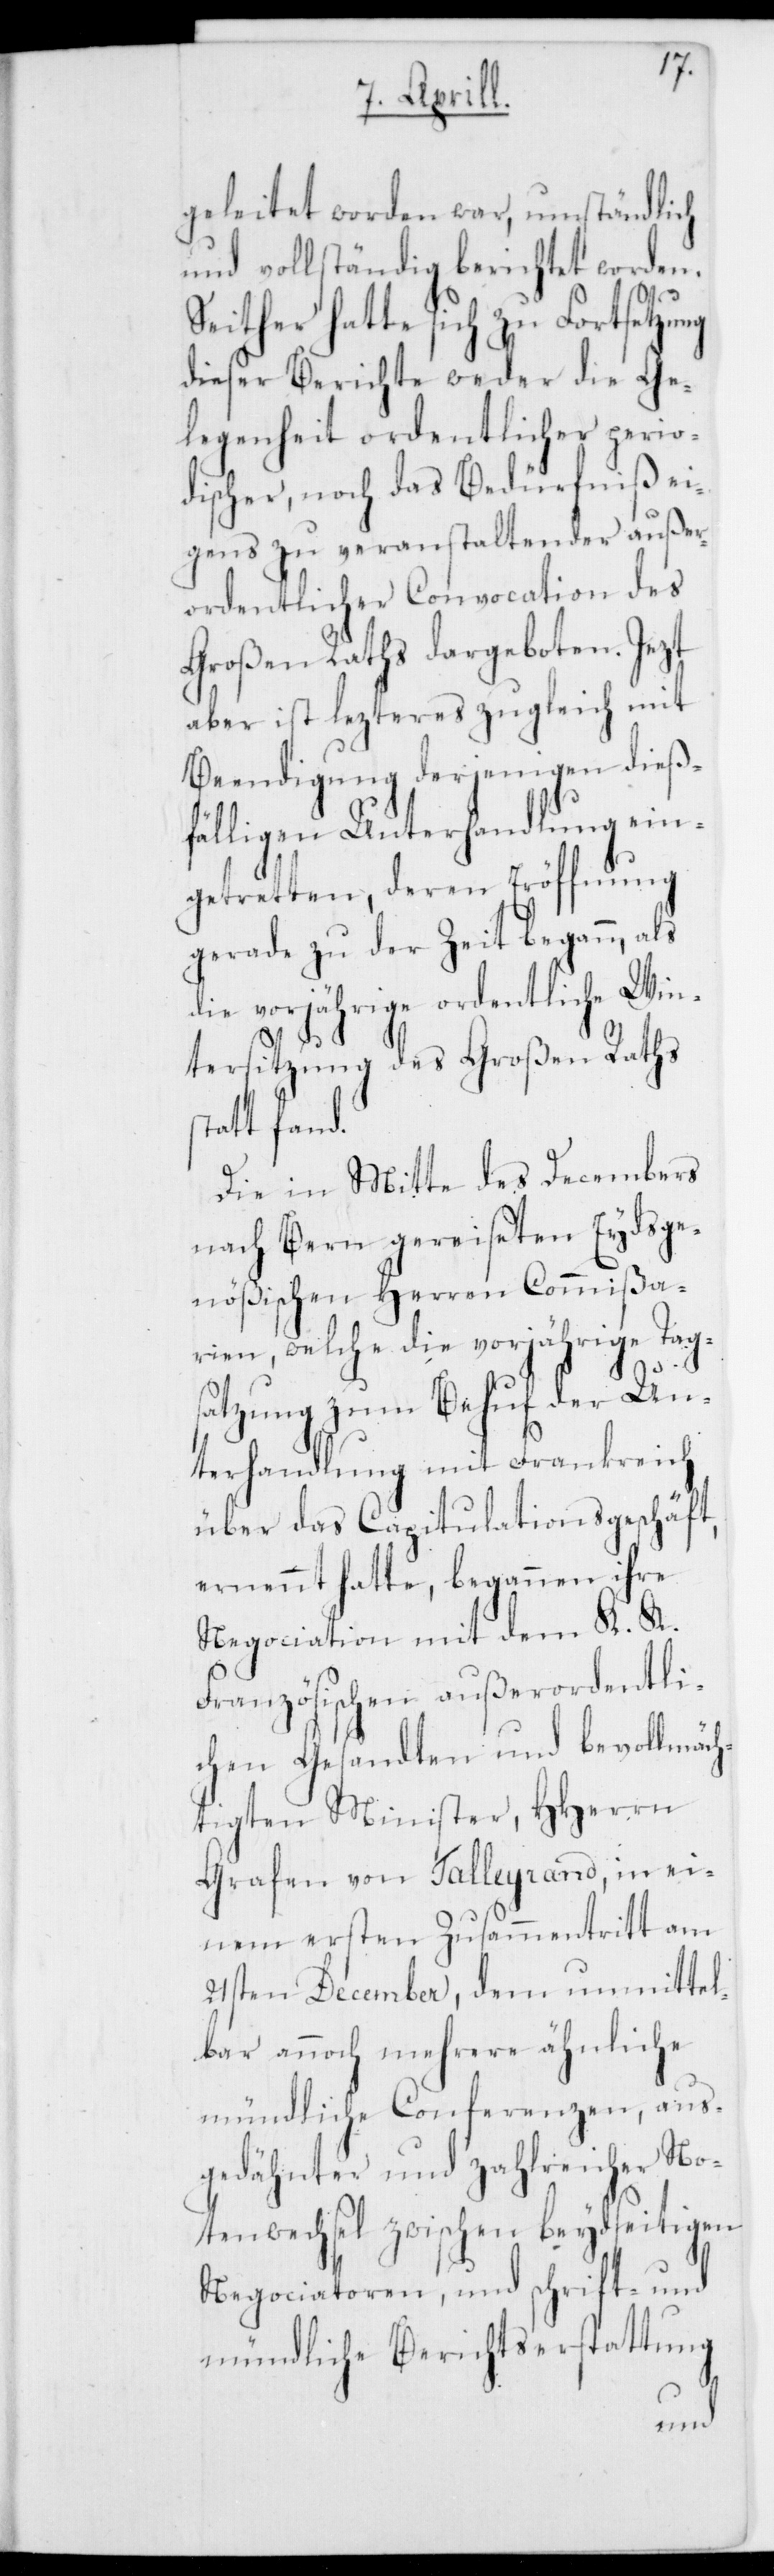
geleitet worden war, umständlich
und vollständig berichtet worden.
Seither hatte sich zu Fortsetzung
dieser Berichte weder die Ge¬
legenheit ordentlicher perio¬
discher, noch das Bedürfniß ei¬
gens zu veranstaltender außer¬
ordentlicher Convocation des
Großen Raths dargeboten. Jetzt
aber ist letzteres zugleich mit
Beendigung derjenigen dieß¬
fälligen Unterhandlung ein¬
getreten, deren Eröffnung
gerade zu der Zeit begann, als
die vorjährige ordentliche Win¬
tersitzung des Großen Raths
statt fand.
Die in Mitte des Decembers
nach Bern gereiseten Eydsge¬
nößischen Herren Commißa¬
rien, welche die vorjährige Tag¬
satzung zum Behuf der Un¬
terhandlung mit Frankreich
über das Capitulationsgeschäft
ernennt hatte, begannen ihre
Negociation mit dem K. K.
Französischen außerordentli¬
chen Gesandten und bevollmäch¬
tigten Minister, HHerrn
Grafen von Talleyrand, in ei¬
nem ersten Zusammentritt am
21sten December, dem unmittel¬
bar annoch mehrere ähnliche
mündliche Conferenzen, aus¬
gedähnter und zahlreicher No¬
tenwechsel zwischen beydseitigen
Negociatoren, und schrift- und
mündliche Berichtserstattung